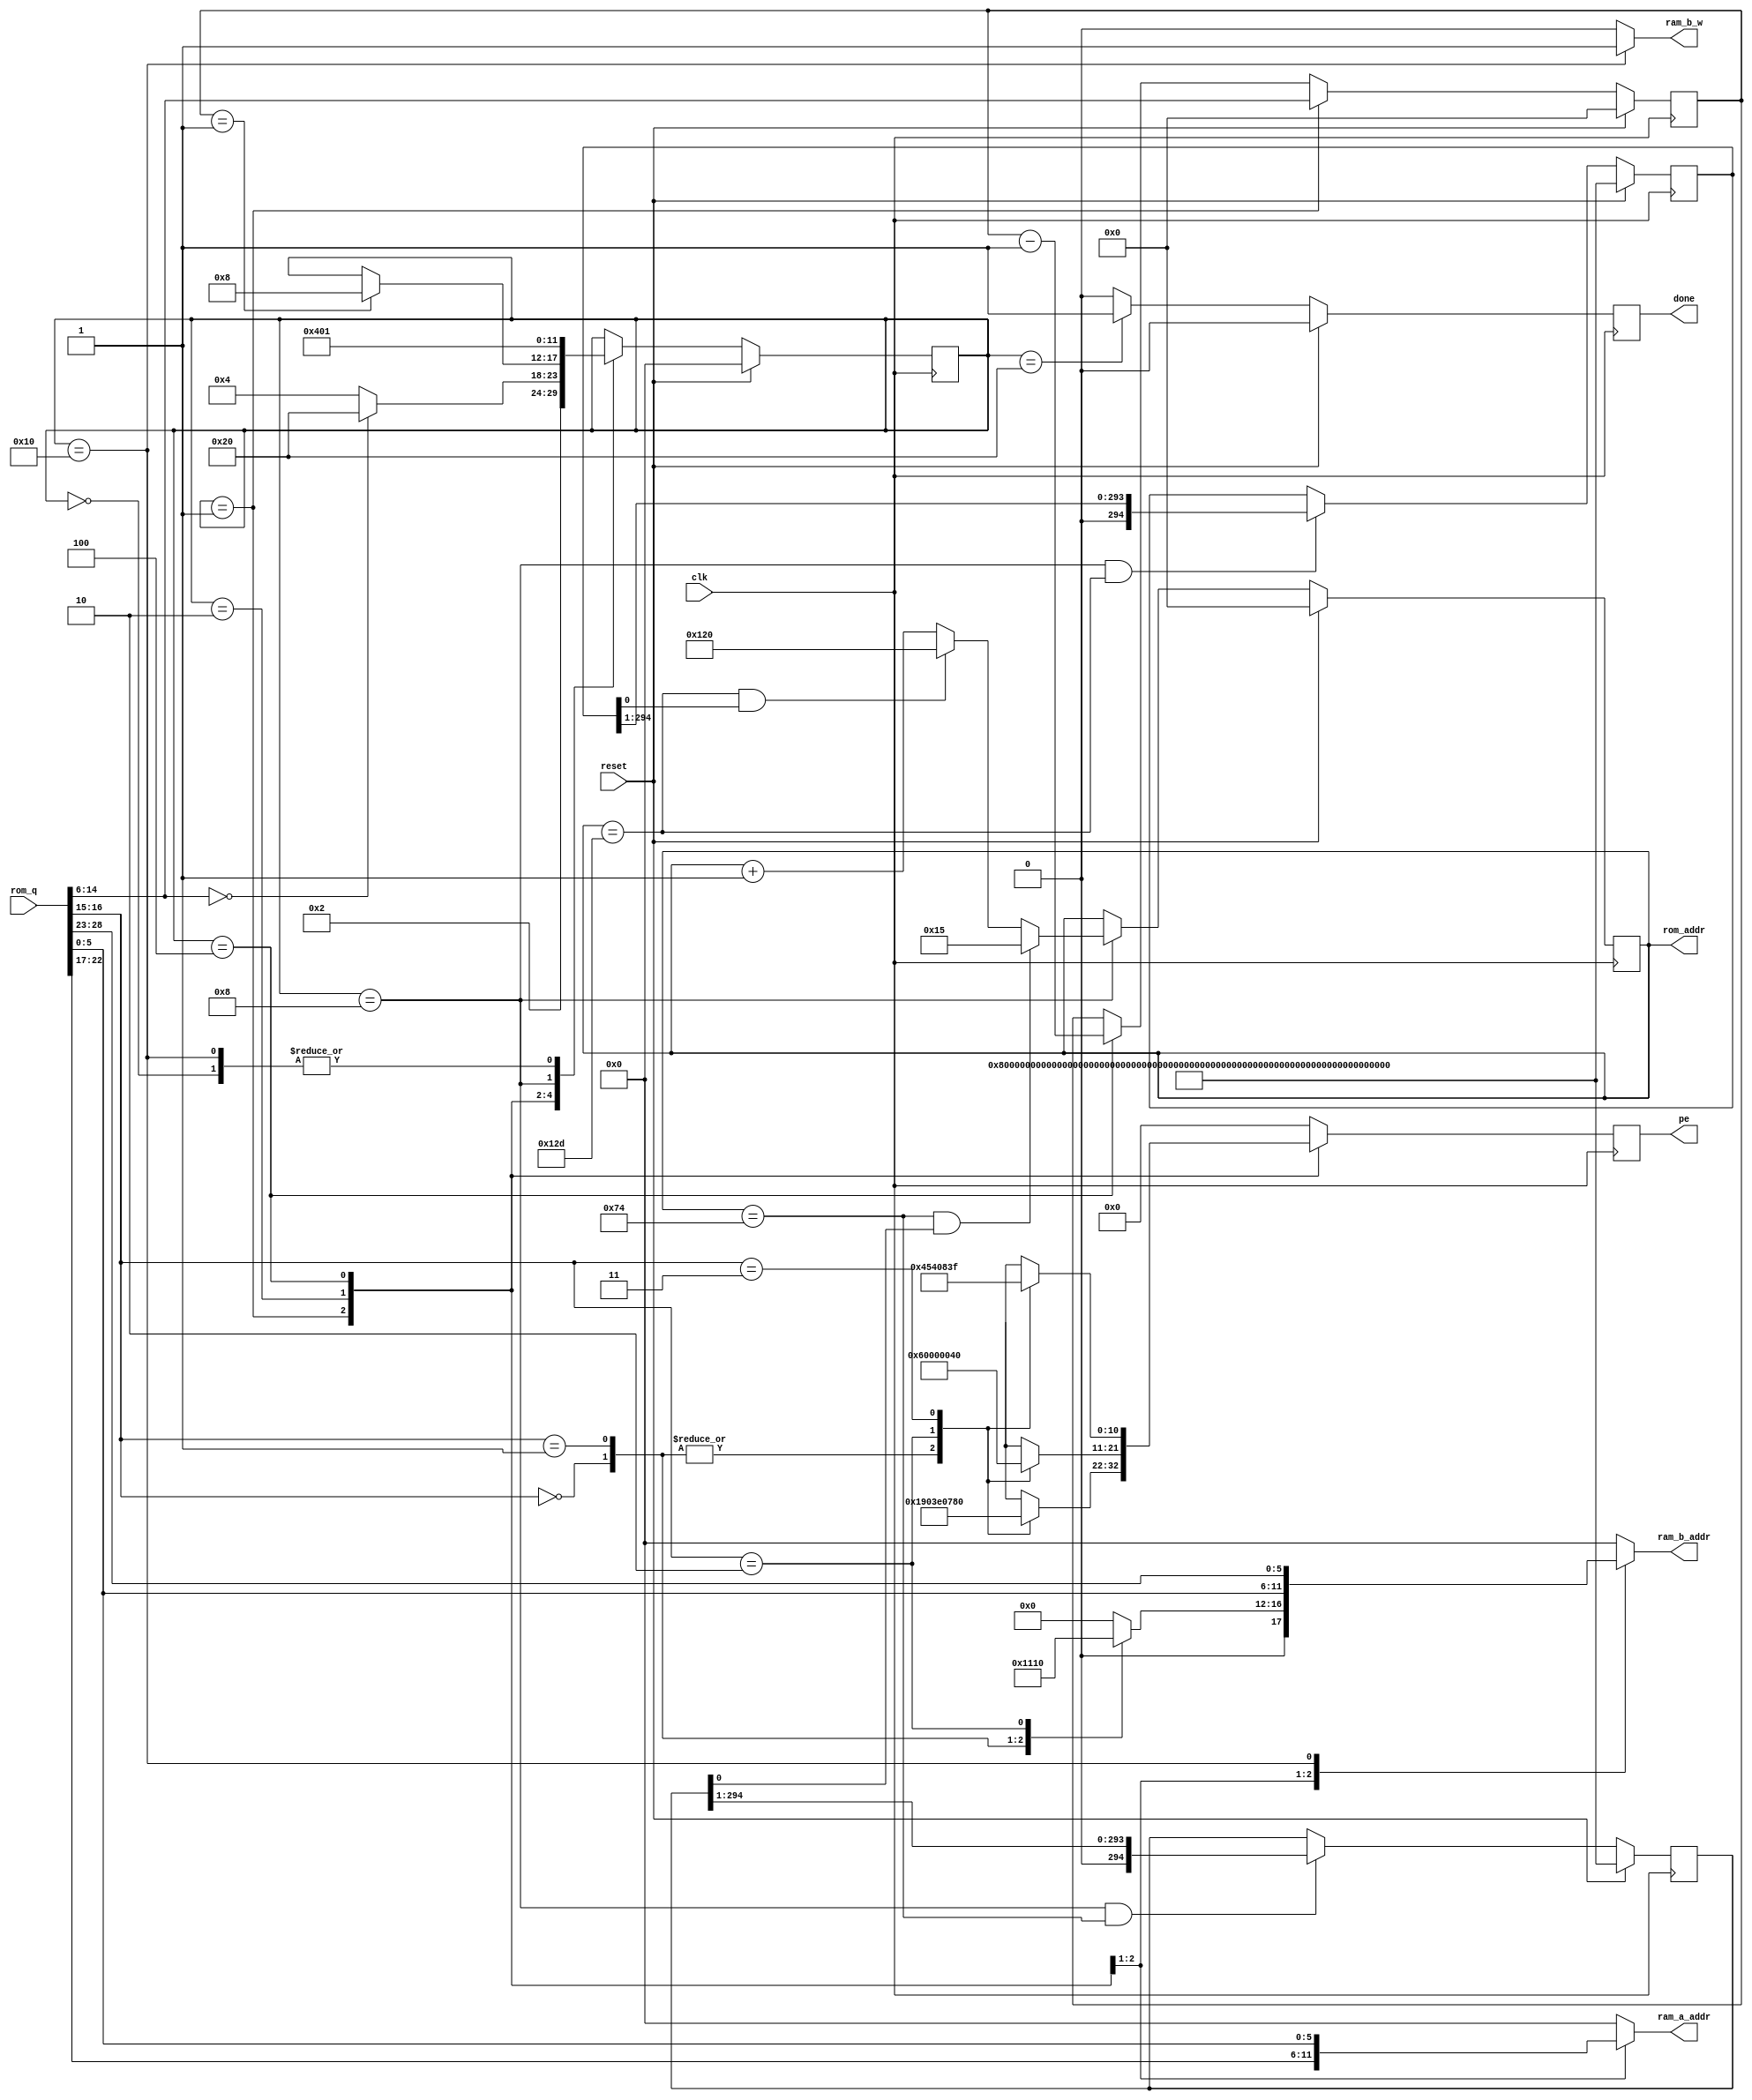
module FSM(clk, reset, rom_addr, rom_q, ram_a_addr, ram_b_addr, ram_b_w, pe, done);
    input clk;
    input reset;
    output reg [8:0] rom_addr; /* command id. extra bits? */
    input [28:0] rom_q; /* command value */
    output reg [5:0] ram_a_addr;
    output reg [5:0] ram_b_addr;
    output ram_b_w;
    output reg [10:0] pe;
    output reg done;
    
    reg [5:0] state;
    parameter START=0, READ_SRC1=1, READ_SRC2=2, CALC=4, WAIT=8, WRITE=16, DON=32;
	
    wire [5:0] dest, src1, src2; wire [8:0] times; wire [1:0] op;
    assign {dest, src1, op, times, src2} = rom_q;

    reg [8:0] count;
	
    always @ (posedge clk)
       if (reset) 
          state<=START; 
       else 
          case (state)
             START:
                state<=READ_SRC1;
             READ_SRC1:
                state<=READ_SRC2;
             READ_SRC2:
                if (times==0) state<=DON; else state<=CALC;
             CALC:
                if (count==1) state<=WAIT;
             WAIT:
                state<=WRITE;
             WRITE:
                state<=READ_SRC1;
          endcase

    /* we support two loops */
    parameter  LOOP1_START = 9'd21,
               LOOP1_END   = 9'd116,
               LOOP2_START = 9'd288,
               LOOP2_END   = 9'd301;
    reg [294:0] loop1, loop2;
	
	always @ (posedge clk)
	   if (reset) rom_addr<=0;
	   else if (state==WAIT)
          begin
             if(rom_addr == LOOP1_END && loop1[0])
                rom_addr <= LOOP1_START;
             else if(rom_addr == LOOP2_END && loop2[0])
                rom_addr <= LOOP2_START;
             else
                rom_addr <= rom_addr + 1'd1; 
	      end
	
	always @ (posedge clk)
	   if (reset) loop1 <= ~0;
	   else if(state==WAIT && rom_addr==LOOP1_END)
          loop1 <= loop1 >> 1;
	
	always @ (posedge clk)
	   if (reset) loop2 <= ~0;
	   else if(state==WAIT && rom_addr==LOOP2_END)
          loop2 <= loop2 >> 1;

	always @ (posedge clk)
	   if (reset)
          count <= 0;
	   else if (state==READ_SRC1)
          count <= times;
	   else if (state==CALC)
          count <= count - 1'd1;
	
	always @ (posedge clk)
	   if (reset) done<=0;
	   else if (state==DON) done<=1;
	   else done<=0;
	 
    always @ (state, src1, src2)
       case (state)
       READ_SRC1: ram_a_addr=src1;
       READ_SRC2: ram_a_addr=src2;
       default: ram_a_addr=0;
       endcase
    
    parameter CMD_ADD=6'd4, CMD_SUB=6'd8, CMD_CUBIC=6'd16,
              ADD=2'd0, SUB=2'd1, CUBIC=2'd2, MULT=2'd3;

    always @ (posedge clk)
       case (state)
       READ_SRC1:
          case (op)
          ADD:   pe<=11'b11001000000;
          SUB:   pe<=11'b11001000000;
          CUBIC: pe<=11'b11111000000;
          MULT:  pe<=11'b11110000000;
          default: pe<=0;
          endcase
       READ_SRC2:
          case (op)
          ADD:   pe<=11'b00110000000;
          SUB:   pe<=11'b00110000000;
          CUBIC: pe<=0;
          MULT:  pe<=11'b00001000000;
          default: pe<=0;
          endcase
       CALC:
          case (op)
          ADD:   pe<=11'b00000010001;
          SUB:   pe<=11'b00000010001;
          CUBIC: pe<=11'b01010000001;
          MULT:  pe<=11'b00000111111;
          default: pe<=0;
          endcase
       default: 
          pe<=0;
       endcase

    always @ (state, op, src2, dest)
       case (state)
       READ_SRC1: 
          case (op)
          ADD: ram_b_addr=CMD_ADD;
          SUB: ram_b_addr=CMD_SUB;
          CUBIC: ram_b_addr=CMD_CUBIC;
          default: ram_b_addr=0;
          endcase
       READ_SRC2: ram_b_addr=src2;
       WRITE: ram_b_addr=dest;
       default: ram_b_addr=0;
       endcase

    assign ram_b_w = (state==WRITE) ? 1'b1 : 1'b0;
endmodule